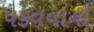
પકવવાનો